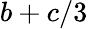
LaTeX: b+c/3